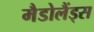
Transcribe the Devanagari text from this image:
मैडोलैंड्स